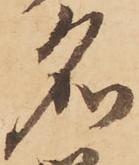
名